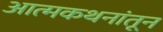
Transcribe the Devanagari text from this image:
आत्मकथनांतून